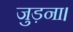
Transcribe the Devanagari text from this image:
जुड़ना।